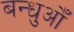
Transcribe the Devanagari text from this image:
बन्धुओँ